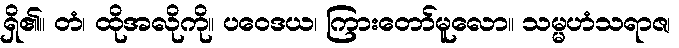
ရှိ၏။ တံ၊ ထိုအလိုကို။ ပဝေဒယ၊ ကြားတော်မူလော။ သမ္မဟံသရာဇ၊